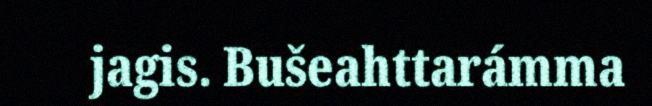
jagis. Bušeahttarámma